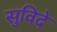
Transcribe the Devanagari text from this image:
सुविदे